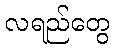
လရည်တွေ